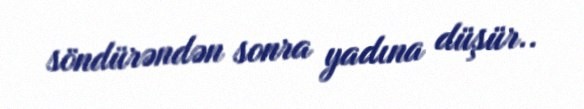
söndürəndən sonra yadına düşür..